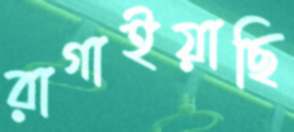
রাগাইয়াছি